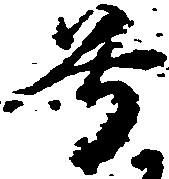
号